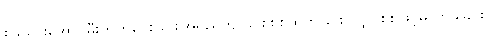
စုခဲသွားအောင်မီးတိုက်ပေးခြင်း၊အရည်ကျိုခြင်း၊စစ်ထုတ်ခြင်း၊ လျှပ်စစ်ဖြင့်ဓာတ်ခွဲခြင်း၊